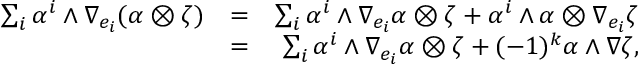
\begin{array} { r l r } { \sum _ { i } \alpha ^ { i } \wedge \nabla _ { e _ { i } } ( \alpha \otimes \zeta ) } & { = } & { \sum _ { i } \alpha ^ { i } \wedge \nabla _ { e _ { i } } \alpha \otimes \zeta + \alpha ^ { i } \wedge \alpha \otimes \nabla _ { e _ { i } } \zeta } \\ & { = } & { \sum _ { i } \alpha ^ { i } \wedge \nabla _ { e _ { i } } \alpha \otimes \zeta + ( - 1 ) ^ { k } \alpha \wedge \nabla \zeta , } \end{array}